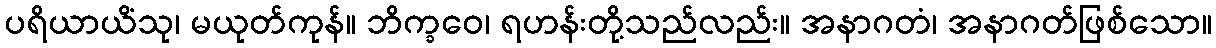
ပရိယာယိံသု၊ မယုတ်ကုန်။ ဘိက္ခဝေ၊ ရဟန်းတို့သည်လည်း။ အနာဂတံ၊ အနာဂတ်ဖြစ်သော။